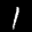
Label: 1